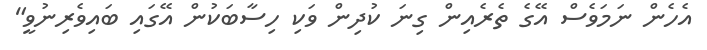
އެހެން ނަމަވެސް އޭގެ ތެރެއިން ގިނަ ކުދިން ވަކި ހިސާބަކުން އޭގައި ބައިވެރިނުވީ"